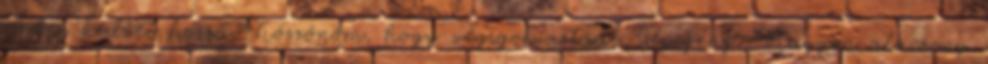
ember kedvét hozzá Köszönöm, hogy végigolvastad: Gépigény: Nagyon alacsony